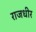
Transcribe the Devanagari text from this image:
राजधीर